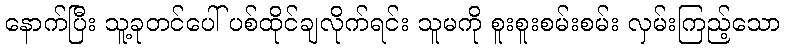
နောက်ပြီး သူ့ခုတင်ပေါ် ပစ်ထိုင်ချလိုက်ရင်း သူမကို စူးစူးစမ်းစမ်း လှမ်းကြည့်သော